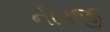
નીપજી